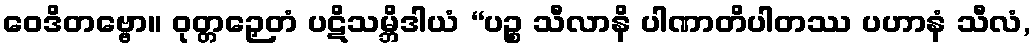
ဝေဒိတဗ္ဗော။ ဝုတ္တဉှေတံ ပဋိသမ္ဘိဒါယံ “ပဉ္စ သီလာနိ ပါဏာတိပါတဿ ပဟာနံ သီလံ,